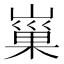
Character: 𡻝